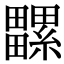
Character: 𤳻